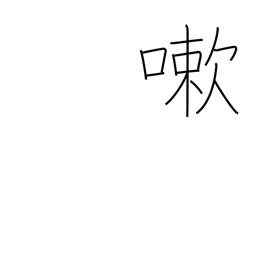
Meaning: wash